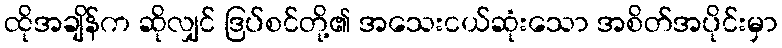
ထိုအချိန်က ဆိုလျှင် ဒြပ်စင်တို့၏ အသေးငယ်ဆုံးသော အစိတ်အပိုင်းမှာ